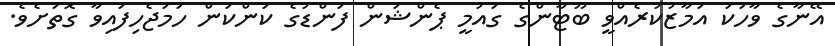
އޭނާގެ ވާހަކަ އަމާޒުކުރެެއްވީ ބޫޓާންގެ ގައުމީ ޕެންޝަން ފަންޑުގެ ކަންކަން ހަމަޖެހިފައިވާ ގޮތަށެވެ.